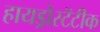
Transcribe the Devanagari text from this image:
हायड्रोस्टॅटीक